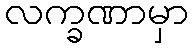
လက္ခဏာမှာ